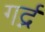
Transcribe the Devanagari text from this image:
गर्द्न